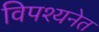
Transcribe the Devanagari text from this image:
विपश्यनेत